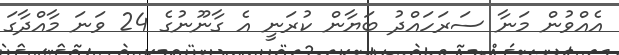
އެއްވުން މަނާ ސަރަހައްދު ބަޔާން ކުރަނީ އެ ގާނޫނުގެ 24 ވަނަ މާއްދާގަ